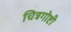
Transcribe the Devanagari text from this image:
चित्रगोष्टी